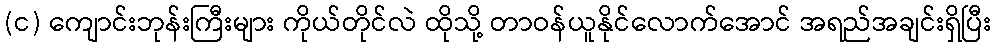
(င) ကျောင်းဘုန်းကြီးများ ကိုယ်တိုင်လဲ ထိုသို့ တာဝန်ယူနိုင်လောက်အောင် အရည်အချင်းရှိပြီး